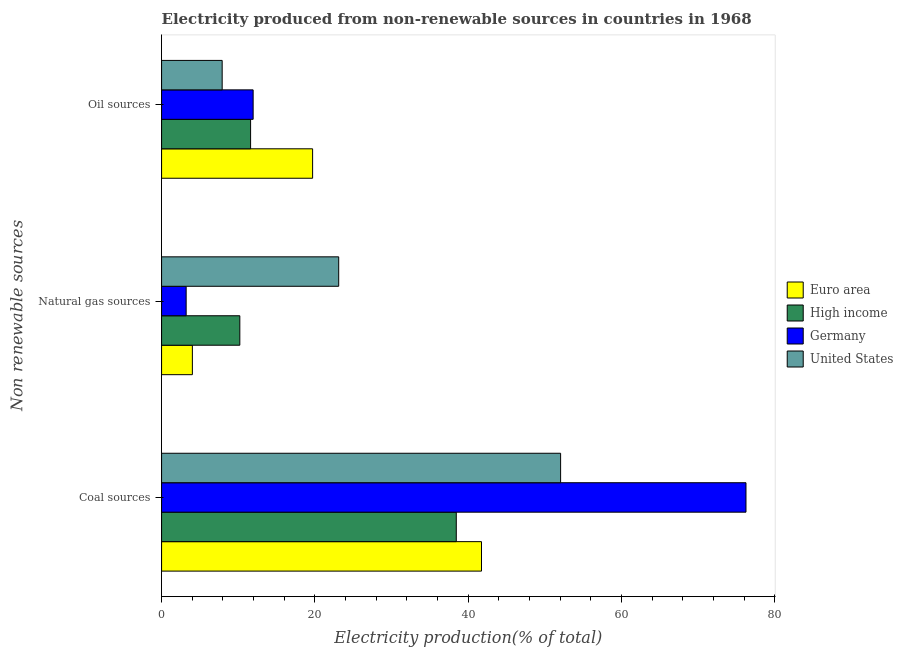
| Non renewable sources | Euro area | High income | Germany | United States |
 | --- | --- | --- | --- | --- |
 | Coal sources | 41.7 | 38.4 | 76.2 | 52.1 |
 | Natural gas sources | 4.02 | 10.2 | 3.21 | 23.1 |
 | Oil sources | 19.7 | 11.6 | 11.9 | 7.91 |